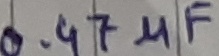
Text: 0.47µF